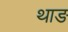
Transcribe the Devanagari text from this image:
थाङ